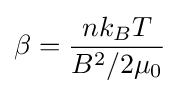
\beta ={\frac {nk_{B}T}{B^{2}/2\mu _{0}}}